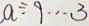
a \div 9 \cdots 3